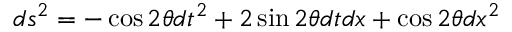
d s ^ { 2 } = - \cos 2 \theta d t ^ { 2 } + 2 \sin 2 \theta d t d x + \cos 2 \theta d x ^ { 2 }